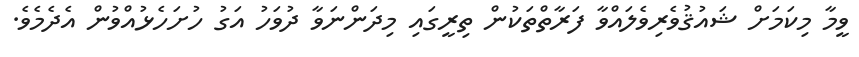
ވީމާ މިކަމަށް ޝައުޤުވެރިވެލައްވާ ފަރާތްތަކުން ތިރީގައި މިދަންނަވާ ދުވަހު އަގު ހުށަހެޅުއްވުން އެދެމެވެ.